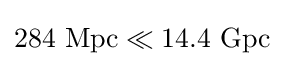
284{\text{ Mpc}}\ll 14.4{\text{ Gpc}}